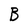
Character: B